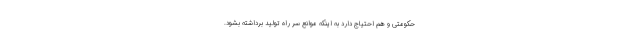
حکومتی و هم احتیاج دارد به اینکه موانع سر راه تولید برداشته بشود.